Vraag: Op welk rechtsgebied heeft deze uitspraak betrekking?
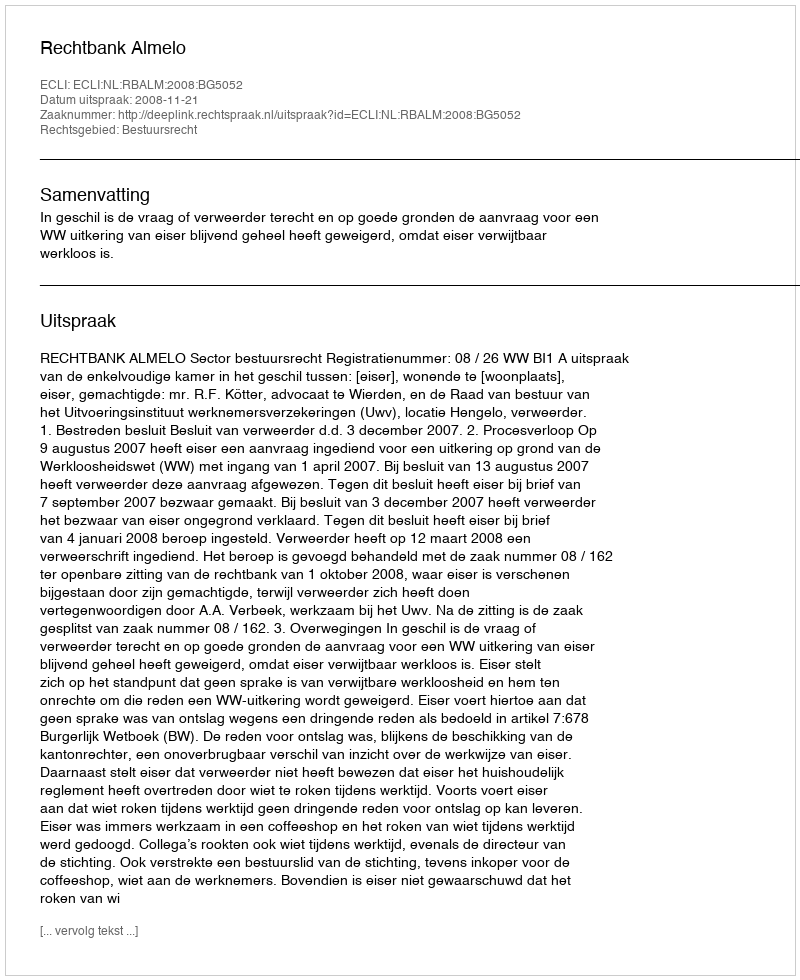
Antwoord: Bestuursrecht